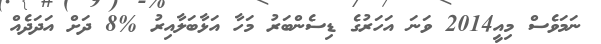
ނަމަވެސް މިއީ2014 ވަނަ އަހަރުގެ ޑިސެންބަރު މަހާ އަޅާބަލާއިރު %8 ދަށް އަދަދެއް